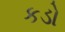
કડો